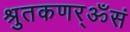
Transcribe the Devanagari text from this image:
श्रुतकणर्ॐसं